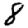
Digit: 8